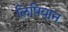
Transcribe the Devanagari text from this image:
लिपियान